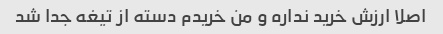
اصلا ارزش خرید نداره و من خریدم دسته از تیغه جدا شد